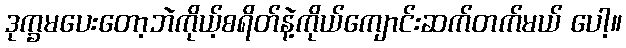
ဒုက္ခမပေးတော့ဘဲကိုယ့်စရိတ်နဲ့ကိုယ်ကျောင်းဆက်တက်မယ် ပေါ့။